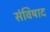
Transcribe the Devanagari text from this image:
संविषाद